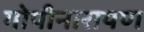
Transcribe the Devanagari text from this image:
गोपीनारायण